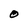
Character: O